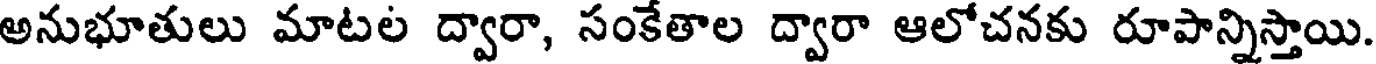
అనుభూతులు మాటల ద్వారా, సంకేతాల ద్వారా ఆలోచనకు రూపాన్నిస్తాయి.